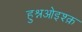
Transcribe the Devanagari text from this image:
हुश्नओइश्क़